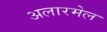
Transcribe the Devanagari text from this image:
अलारमेल